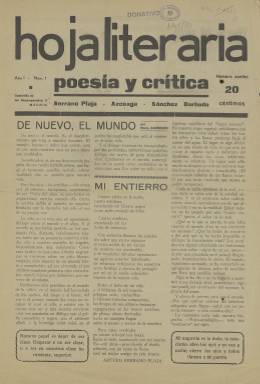
Título: Hoja literaria (Madrid)
Colección: Literatura
Ámbito geográfico: Madrid
Lugar de publicación: Madrid
Fechas: 01/01/1933-31/12/1933

Esta pequeña y gran publicación, pequeña por su formato y su vida breve pero grande por sus promotores y su contenido, apareció en Madrid en 1933 y reunió a una serie de poetas, escritores e intelectuales que integrarían más tarde la revista Hora de España, en plena Guerra Civil.

   El primer número, aunque parece que hubo una entrega anterior sin numerar, es de enero de 1933. Hubo hasta ocho apariciones de la publicación en ese año y desapareció. La Biblioteca Nacional de España posee los dos primeros números. En Hoja Literaria colaboraron, entre otros, María Zambrano, Luis Cernuda, Rafael Dieste, Vicente Aleixandre, Rafael Alberti, Juan Ramón Jiménez, Concha Méndez, Ramón Gómez de la Serna, Luis Rosales, Leopoldo Panero y José Antonio Maravall.

 Fueron fundadores de la publicación tres jóvenes con ansias de libertad y de romper moldes poéticos que se conocieron en la Escuela Industrial: Arturo Serrano Plaja, Antonio Sánchez Barbudo y Enrique Azcoaga. Los dos primeros participaron en 1937 en el II Congreso Internacional de Escritores para la Defensa de la Cultura y tuvieron que exiliarse al concluir la guerra. El tercero de ellos, Azcoaga, participó en alguna publicación durante el régimen franquista, pero acabó emigrando a Argentina para volver de nuevo a España al cabo de once años.

   Hoja Literaria era una publicación de contenido heterogéneo de cuatro páginas en las que la poesía tenía un papel destacado. Sus promotores querían romper con las vanguardias y el purismo de la poesía de Valéry. Querían una poesía más humana. Formaban parte de la llamada Generación del 36, integrada por autores marcados por la Guerra Civil. Uno de los representantes más destacados de esta generación fue Miguel Hernández.

 El subtítulo de la revista era ‘poesía y crítica’. En su autobiografía Sánchez Barbudo señaló que ese subtítulo se lo sugirió a los tres jóvenes amigos y promotores Juan Ramón Jiménez, que fue su primer suscriptor y por quien sentían una gran admiración.

  En el primer número hay un amplio artículo de Enrique Azcoaga titulado ‘La sombra incendiada, Viraje, nuevo suceso’, que se puede interpretar como una declaración del propósito que perseguían los promotores de la publicación.

  Apenas existe información sobre esta publicación. Una gran parte de los datos de este artículo están tomados de la tesis doctoral de 2005 de José Ramón López García, de la Universidad Autónoma de Barcelona, titulada: ‘Vanguardia, revolución y exilio: la poesía de Arturo Serrano Plaja (1929-1945). Volumen 1’. Puede consultarse en abierto.

[Descripción publicada el 10/11/2022]